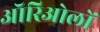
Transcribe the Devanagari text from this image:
ऑरिओलों